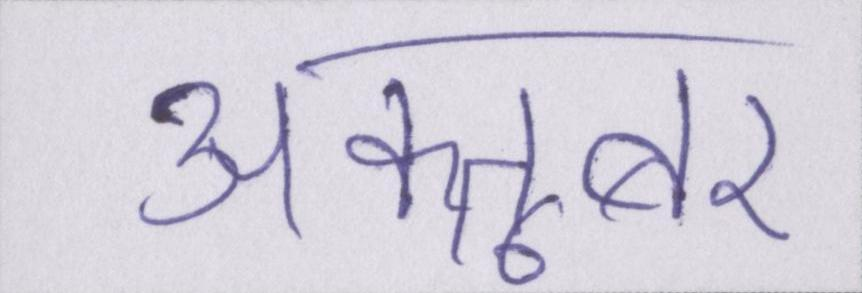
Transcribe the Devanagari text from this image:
अक्तूबर